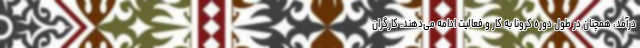
درآمد، همچنان در طول دوره کرونا به کار و فعالیت ادامه می‌دهند. کارگران